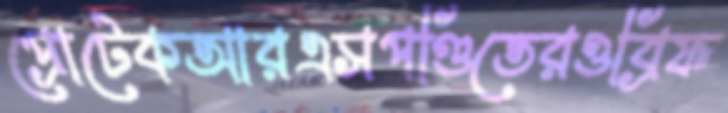
প্রোটেকআরএসপণ্ডিতেরওব্রিফ